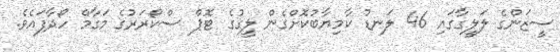
ސީޒަންގެ ލަލީގާގައި 46 ލަނޑު ކާމިޔާބުކޮށްގެން ލީގުގެ ޓޮޕް ސްކޯރަރުގެ މަގާމް ހޯދާފައެވެ.